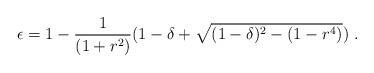
LaTeX: \begin{align*} \epsilon=1-\frac 1{(1+r^2)}(1-\delta+\sqrt{(1-\delta)^2-(1-r^4)})\ .\end{align*}